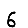
Digit: 6